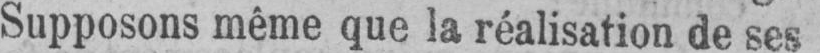
Supposons même que la réalisation de ses